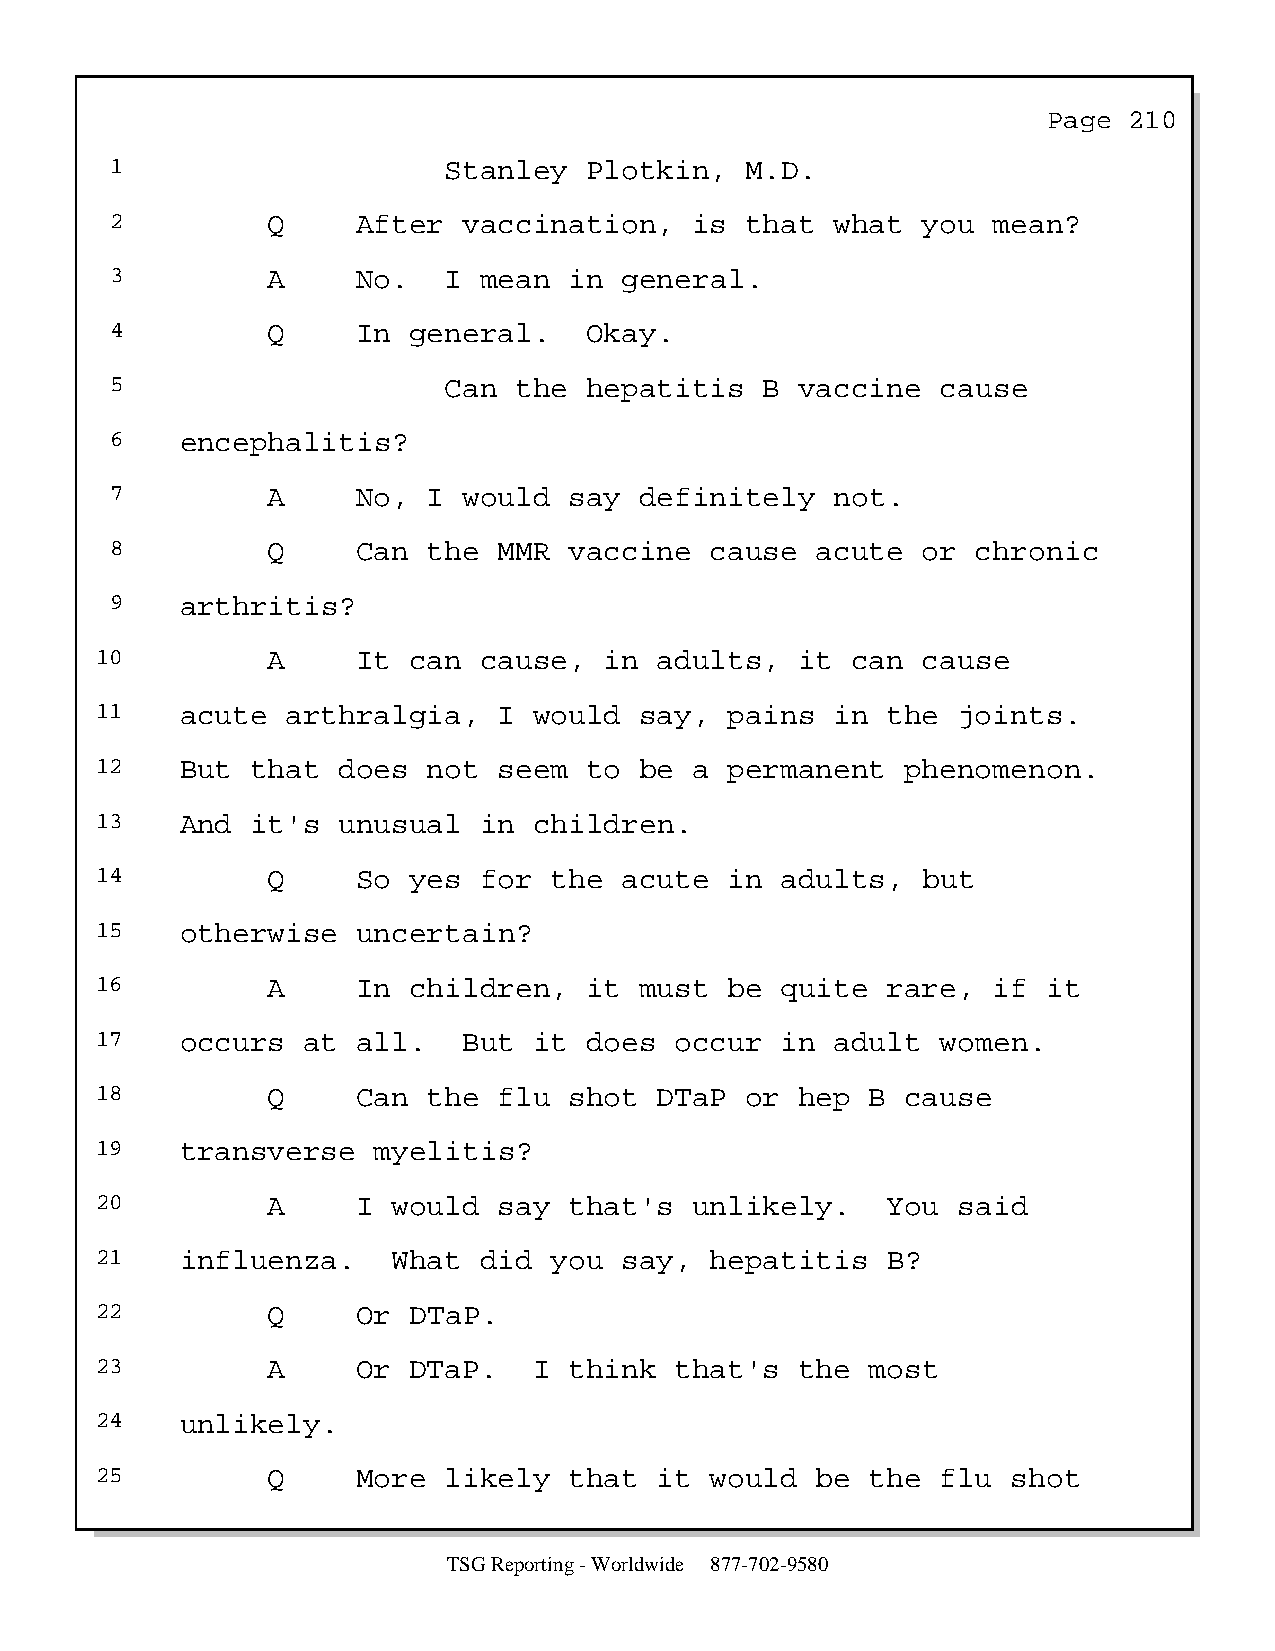
Page  210
 1                     Stanley   Plotkin,  M.D.
 2          Q     After  vaccination,   is that  what  you  mean?
 3          A     No.  I  mean  in general.
 4          Q     In general.    Okay.
 5                     Can  the  hepatitis   B vaccine  cause
 6    encephalitis?
 7          A     No, I  would  say definitely   not.
 8          Q     Can the  MMR  vaccine  cause  acute  or  chronic
 9    arthritis?
 10          A     It can  cause,  in  adults,  it can  cause
 11    acute  arthralgia,   I would  say,  pains  in  the joints.
 12    But  that does  not  seem  to be  a permanent   phenomenon.
 13    And  it's unusual   in children.
 14          Q     So yes  for the  acute  in  adults,  but
 15    otherwise   uncertain?
 16          A     In children,   it must  be  quite  rare,  if it
 17    occurs  at  all.   But it  does  occur  in adult  women.
 18          Q     Can the  flu  shot  DTaP or  hep  B cause
 19    transverse   myelitis?
 20          A     I would  say  that's  unlikely.    You said
 21    influenza.    What  did you  say,  hepatitis   B?
 22          Q     Or DTaP.
 23          A     Or DTaP.   I  think  that's  the  most
 24    unlikely.
 25          Q     More likely   that  it would  be  the flu  shot
 TSG Reporting - Worldwide 877-702-9580